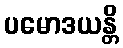
ပမောဒယန္တိ